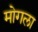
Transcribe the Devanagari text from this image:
मोगला